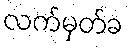
လက်မှတ်ခ